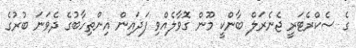
ގެ ސެކްރެޓަރީ ޖެނެރަލް ބާންކީ މޫން ގޮވާލެއްވި ފަދައިން އިންތިހާބުގެ ދެވަނަ ބުރުގެ